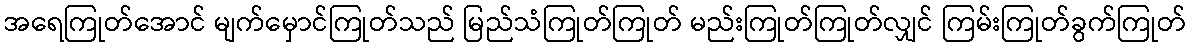
အရေကြုတ်အောင် မျက်မှောင်ကြုတ်သည် မြည်သံကြုတ်ကြုတ် မည်းကြုတ်ကြုတ်လျှင် ကြမ်းကြုတ်ခွက်ကြုတ်